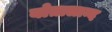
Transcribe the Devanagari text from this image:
योतालान्द